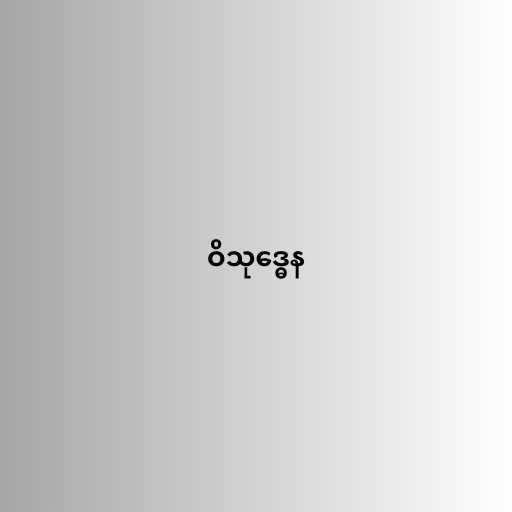
ဝိသုဒ္ဓေန